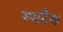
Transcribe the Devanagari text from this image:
स्पार्टैक